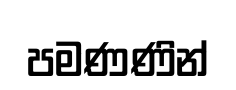
පමණණින්